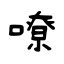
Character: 嘹